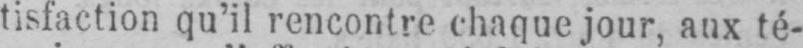
tisfaction qu’il rencontre chaque jour, aux té-